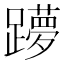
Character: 𲄌